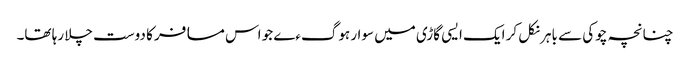
چنانچہ چوکی سے باہر نکل کر ایک ایسی گاڑی میں سوار ہوگءے جو اس مسافر کا دوست چلا رہا تھا۔